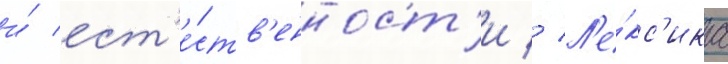
и́ ест'е́ств'енност'и // Л'е́кс'ика